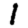
Digit: 1